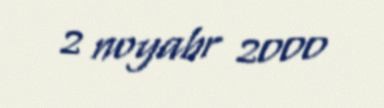
2 noyabr 2000